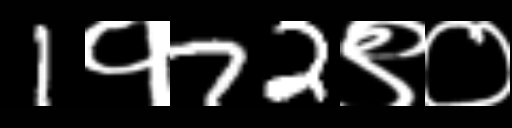
Text: 1१72९०